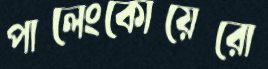
পালেংকোয়েরো